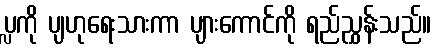
ပ္လကို ပျဟုရေးသားကာ ပျားကောင်ကို ရည်ညွှန်းသည်။